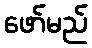
ဖော်မည်